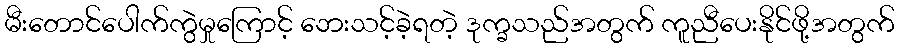
မီးတောင်ပေါက်ကွဲမှုကြောင့် ဘေးသင့်ခဲ့ရတဲ့ ဒုက္ခသည်အတွက် ကူညီပေးနိုင်ဖို့အတွက်